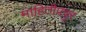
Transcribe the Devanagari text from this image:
माहितीप्रचुर